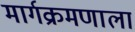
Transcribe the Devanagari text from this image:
मार्गक्रमणाला